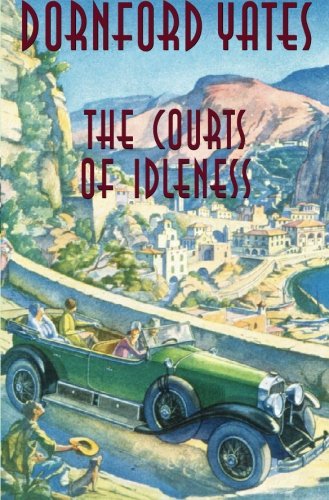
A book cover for The Courts Of Idleness (B-Berry Pleydell); Dornford Yates; Literature & Fiction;